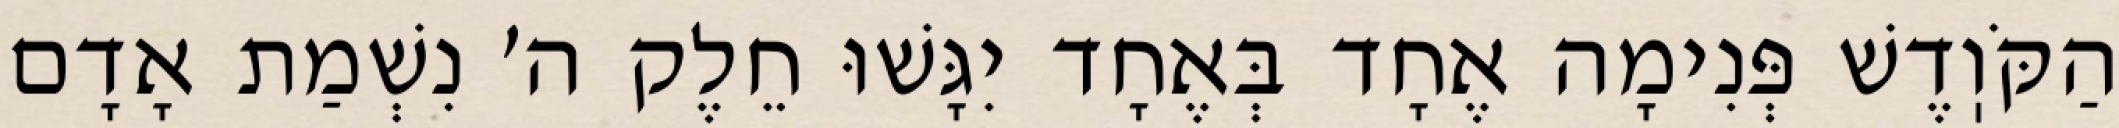
הַקֹּוֽדֶשׁ פְּנִימָה אֶחָד בְּאֶחָד יִגָּשׁוּ חֵלֶק ה׳ נִשְׁמַת אָדָם